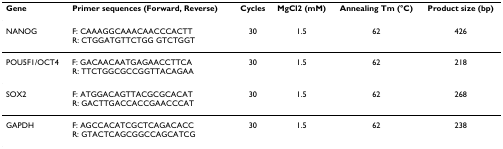
<table><thead><tr><td><b>Gene</b></td><td><b>Primer sequences (Forward, Reverse)</b></td><td><b>Cycles</b></td><td><b>MgCl2 (mM)</b></td><td><b>Annealing Tm (°C)</b></td><td><b>Product size (bp)</b></td></tr></thead><tbody><tr><td>NANOG</td><td>F: CAAAGGCAAACAACCCACTTR: CTGGATGTTCTGG GTCTGGT</td><td>30</td><td>1.5</td><td>62</td><td>426</td></tr><tr><td>POU5F1/OCT4</td><td>F: GACAACAATGAGAACCTTCAR: TTCTGGCGCCGGTTACAGAA</td><td>30</td><td>1.5</td><td>62</td><td>218</td></tr><tr><td>SOX2</td><td>F: ATGGACAGTTACGCGCACATR: GACTTGACCACCGAACCCAT</td><td>30</td><td>1.5</td><td>62</td><td>268</td></tr><tr><td>GAPDH</td><td>F: AGCCACATCGCTCAGACACCR: GTACTCAGCGGCCAGCATCG</td><td>30</td><td>1.5</td><td>62</td><td>238</td></tr></tbody></table>